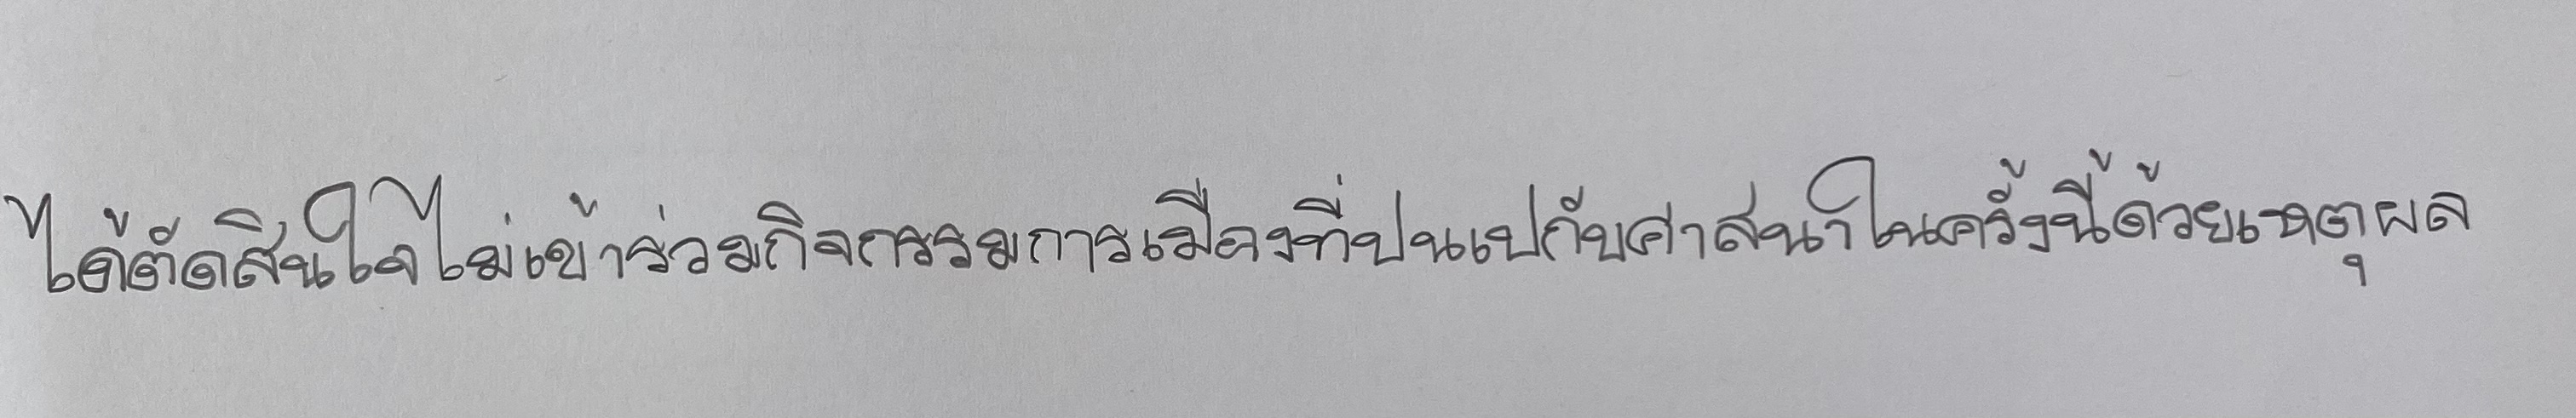
ได้ตัดสินใจไม่เข้าร่วมกิจกรรมการเมืองที่ปนเปกับศาสนาในครั้งนี้ด้วยเหตุผล